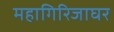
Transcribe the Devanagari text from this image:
महागिरिजाघर